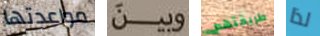
مواعدتها وبين طريقتهم لذا